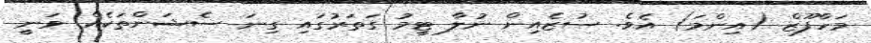
މަހްފޫޒް (އިންމަ) އެވެ. ސުޒެއިން ނުލާ ޓީމު ގަތަރުގައި ގިނަ ސެޝަންތަކެއް ވަނީ